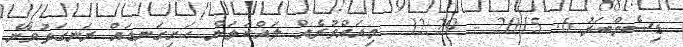
ޑިސެމްބަރު 6